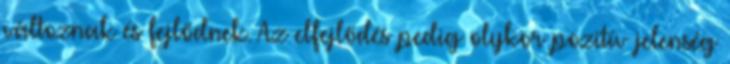
változnak és fejlődnek. Az elfejlődés pedig olykor pozitív jelenség